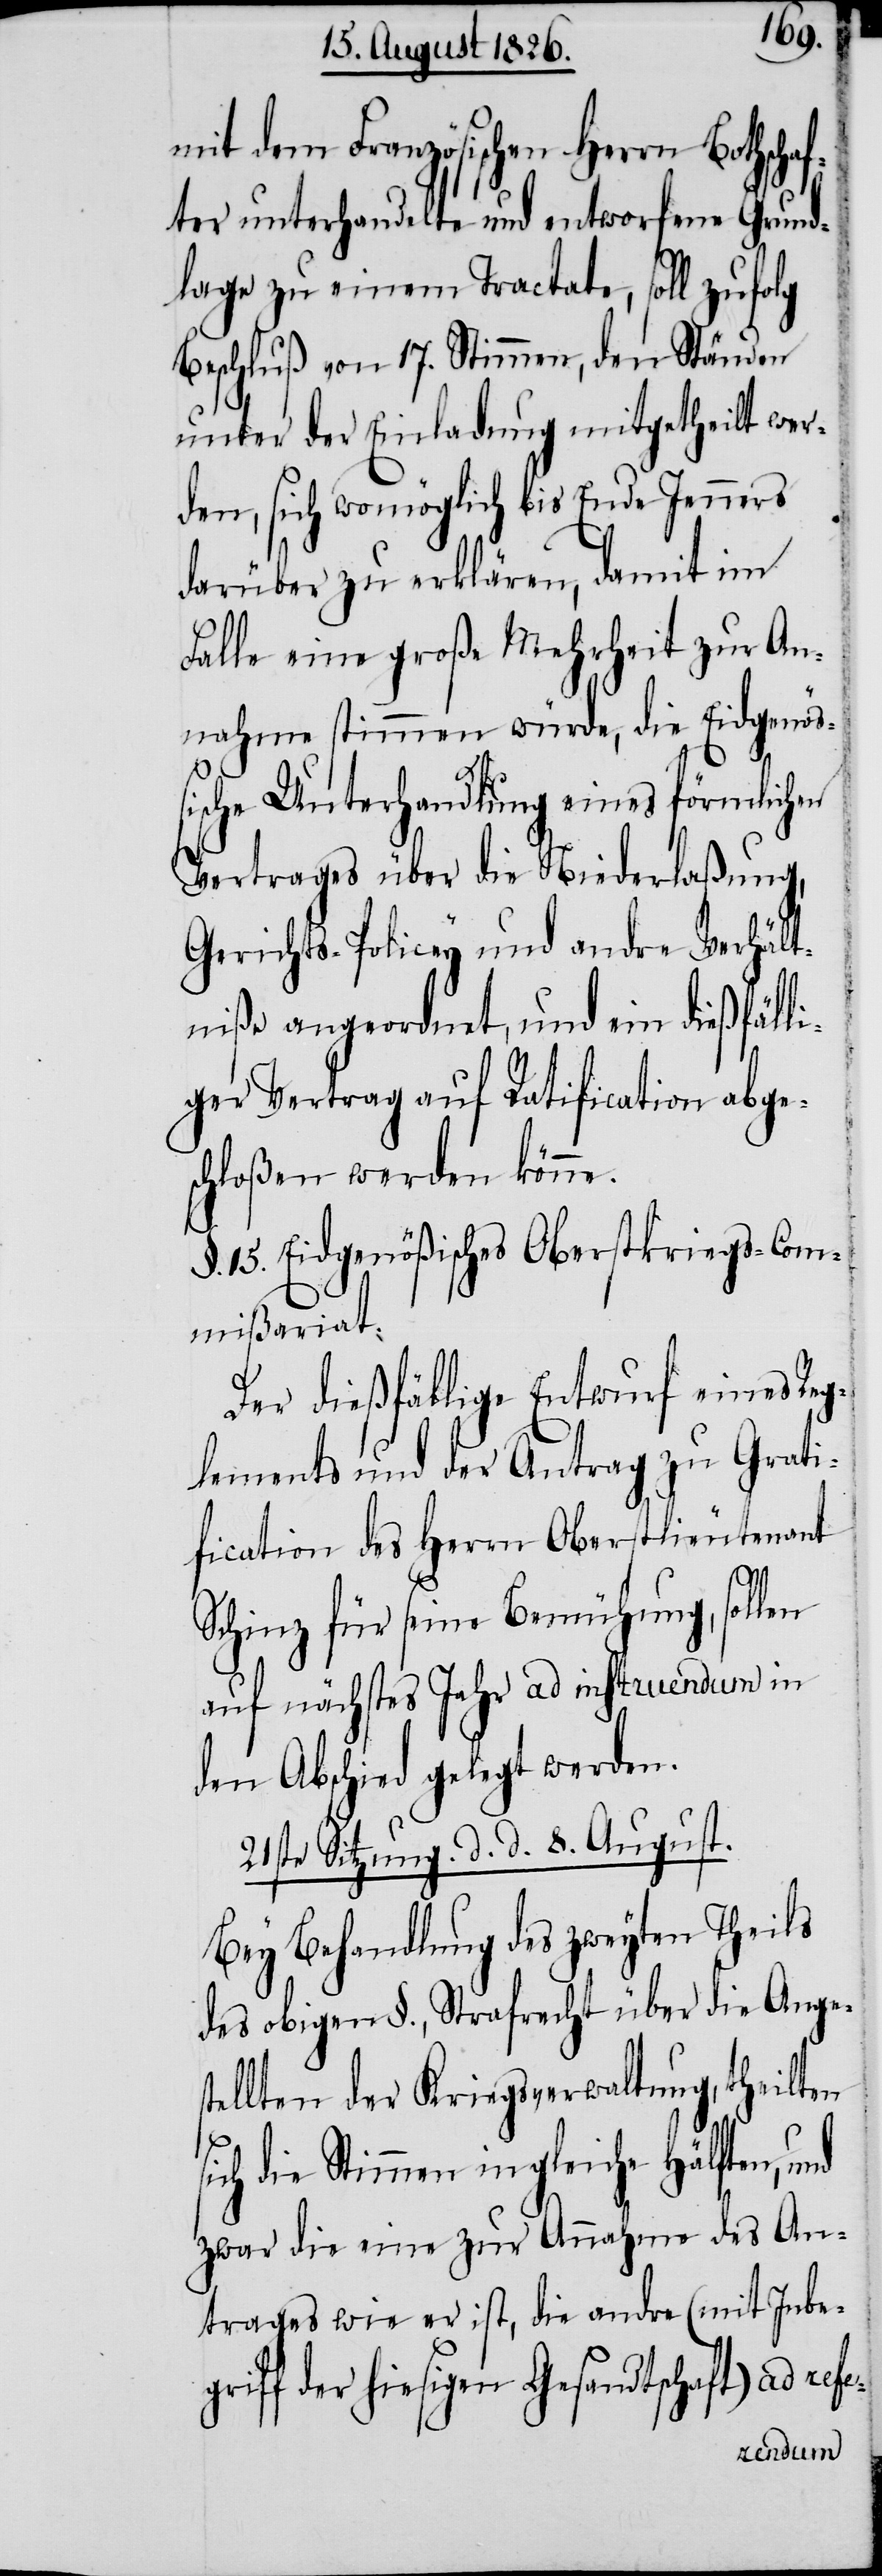
mit dem Französischen Herrn
ter unterhandelte und entworfene Grund¬
lage zu einem Tractate, soll zufolg
Beschluß von 17. Stimmen, den Ständen
unter der Einladung mitgetheilt wer¬
den, sich womöglich bis Ende Jenners
darüber zu erklären, damit im
Falle eine große Mehrheit zur An¬
nahme stimmen würde, die Eidgenöß¬
ische Unterhandlung eines förmlichen
Vertrages über die Niederlaßung,
Gerichts-Policey und andre Verhält¬
niße angeordnet, und ein dießfälli¬
ger Vortrag auf Ratification abge¬
schloßen werden könne.
§. 15. Eidgenößisches Oberstkriegs-Com¬
mißariat:
Der dießfällige Entwurf eines Reg¬
lements und der Antrag zu Grati¬
fication des Herrn Oberstlieutenant
s¬
Schinz für seine Bemühung, sollen
auf nächstes Jahr ad instruendum in
den Abschied gelegt werden.
21ste Sitzung d. d. 8. August.
Bey Behandlung des zweyten Theils
des obigen §., Strafrecht über die Anges¬
tellten der Kriegsverwaltung, theilten
ich die Stimmen in gleiche Hälften, und
zwar die eine zur Annahme des An¬
trages wie er ist, die andre (mit Inbe¬
griff der hiesigen Gesandtschaft) ad
Bothschaf¬